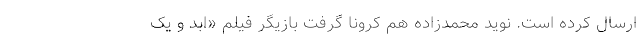
ارسال کرده است. نوید محمدزاده هم کرونا گرفت بازیگر فیلم «ابد و یک